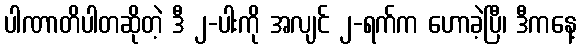
ပါဏာတိပါတဆိုတဲ့ ဒီ ၂-ပါးကို အလျင် ၂-ရက်က ဟောခဲ့ပြီ၊ ဒီကနေ့